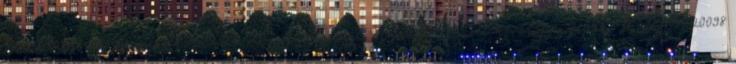
Fenntartható természetvédelem a magyarországi Natura A Dél-ásványi gyepek HUHN20098